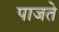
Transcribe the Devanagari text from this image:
पाजते